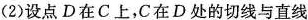
（2）设点D在C上，C在D处的切线与直线